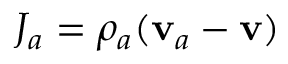
J _ { a } = \rho _ { a } ( \mathbf { v } _ { a } - \mathbf { v } )